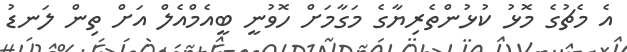
އެ މެޗުގެ މޮޅު ކުޅުންތެރިޔާގެ މަގާމަށް ހޮވުނީ ބީއެމްއެލް އަށް ތިން ލަނޑު